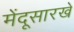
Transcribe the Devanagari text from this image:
मेंदूसारखे